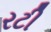
રટી